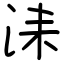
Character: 洡